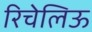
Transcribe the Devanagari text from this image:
रिचेलिऊ